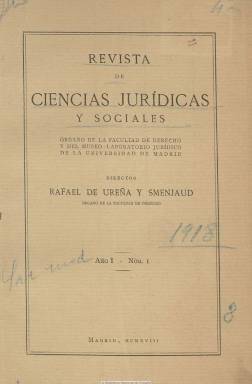
Título: Revista de ciencias jurídicas y sociales (Madrid)
Colección: Derecho
Ámbito geográfico: Madrid
Lugar de publicación: Madrid
Fechas: 01/01/1918-31/01/1936

Publicación nacida en el seno de la Facultad de Derecho de la Universidad Central de Madrid –hoy Complutense- que, con espíritu regeneracionista enmarcado en la tradición krausista española, es impulsada y creada en enero de 1918 a iniciativa del entonces titular de la cátedra de Historia de literatura jurídica, Rafael de Ureña y Smenjaud (1852-1930), que será su primer director como tal decano de la citada facultad. En sus propósitos expresará el propio Ureña el lema de la revista: “Todo por la ciencia y para la ciencia”, una ciencia “genuinamente española”, añadirá. Hasta su desaparición, en el primer trimestre de 1936, y coincidiendo con la Edad de Plata de la Cultura española, la publicación promoverá, cultivará y difundirá la investigación no sólo procedente del estricto campo jurídico sino del amplio de las ciencias sociales, perfilando una relevante presencia e influencia en el ámbito universitario y académico.

Nace como órgano de la citada Facultad de Derecho y del Museo-Laboratorio Jurídico de la Universidad de Madrid, creado este en 1906 al modo de los museos pedagógicos promovidos por la Institución Libre de Enseñanza, y su primer artículo, firmado por Rafael Altamira y Crevea, estará dedicado a la labor desarrollada por el que fue considerado “el maestro de los maestros”, Gumersindo de Azcárate y Menéndez, que había fallecido el 15 de diciembre de 1917, y del cual la revista inserta también su ensayo Juicio crítico de la Ley 61 de Toro.

Su frecuencia de aparición será trimestral, en cuadernos que superan por lo general el centenar y medio de páginas, compuestos a una columna y con la inclusión de algunas láminas con retratos de personalidades del Derecho o de facsímiles de códigos jurídicos medievales. Sus números forman tomos con paginación continuada anual, insertando su índice al final de la entrega de cada último trimestre.

Junto a los ensayos y trabajos no sólo sobre el Derecho vigente o comparado en sus diversas ramas o sobre doctrina y filosofía jurídica, serán publicados otros relativos a su historia, a los que se suman los insertos en su sección de Bibliografía crítica.

Además de los ya citados, publican sus trabajos en las páginas de la revista ilustres juristas como Adolfo González Posada, Luis Jiménez de Asúa, José Castán Tobeñas, Felipe Clemente de Diego, Quintiliano Saldaña, Adolfo Bonilla y San Martín, Luis Redonet, Vicente Castañeda o José Gascón Marín, entre otros muchos. El director de la revista en el momento de su última entrega, en el primer trimestre de 1936, será el entonces decano de la Facultad de Derecho, el citado Adolfo González Posada.

Tras el paréntesis de la guerra civil, esta labor publicística será continuada por la Revista de la Facultad de Derecho de Madrid (1940-1951), a la que le siguen unos Anales de la Facultad de Derecho, hasta que entre 1957 y 1970 aparece la titulada Revista de la Facultad de Derecho de la Universidad de Madrid, siendo continuada esta por la titulada Revista de la Facultad de Derecho de la Universidad Complutense (1971-2003). A partir de 2004, se viene publicando como órgano de expresión de este centro universitario y con el mismo espíritu científico e investigador, la revista Foro, que adopta como subtítulo el título de su primer medio de difusión: “revista de ciencias jurídicas y sociales”, de la que se considera nueva época. Sobre esta revista y Rafael de Ureña, Carlos Petit publicó un estudio en 1995.